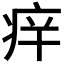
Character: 𱱏